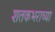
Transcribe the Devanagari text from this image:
शतकभराच्या